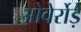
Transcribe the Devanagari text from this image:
ओवेर्रोड़े